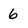
Character: 6